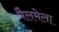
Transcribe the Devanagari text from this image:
पैलमेला